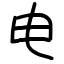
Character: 电